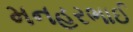
મનહરભાઈ